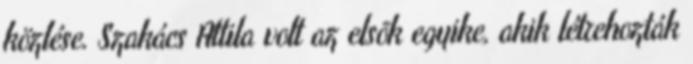
közlése. Szakács Attila volt az elsõk egyike, akik létrehozták